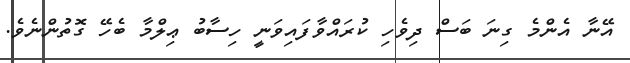
އޭނާ އެންމެ ގިނަ ބަސް ދިވެހި ކުރައްވާފައިވަނީ ހިސާބު ޢިލްމާ ބެހޭ ގޮތުންނެވެ.